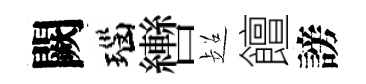
闕瑙轡超饘謗